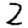
Digit: 2